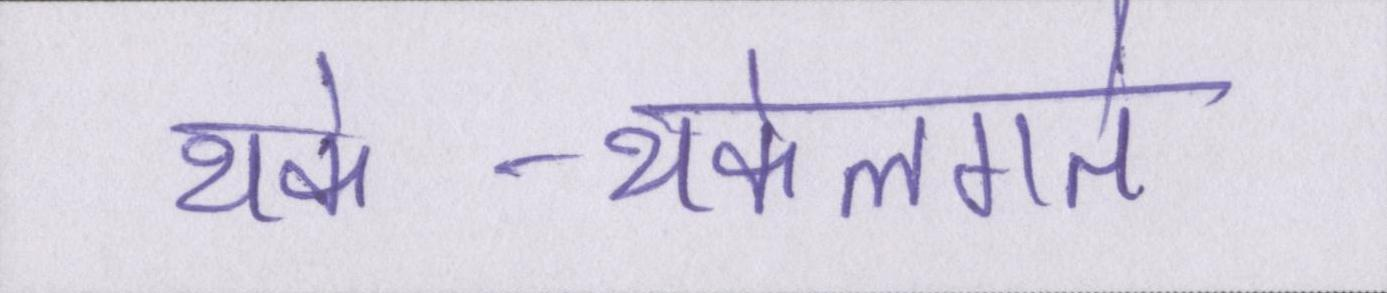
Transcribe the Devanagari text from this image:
थके-थकेलगते